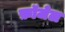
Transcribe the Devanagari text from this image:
फ़ॉजेल